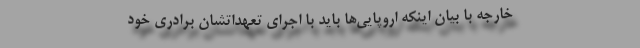
خارجه با بیان اینکه اروپایی‌ها باید با اجرای تعهداتشان برادری خود